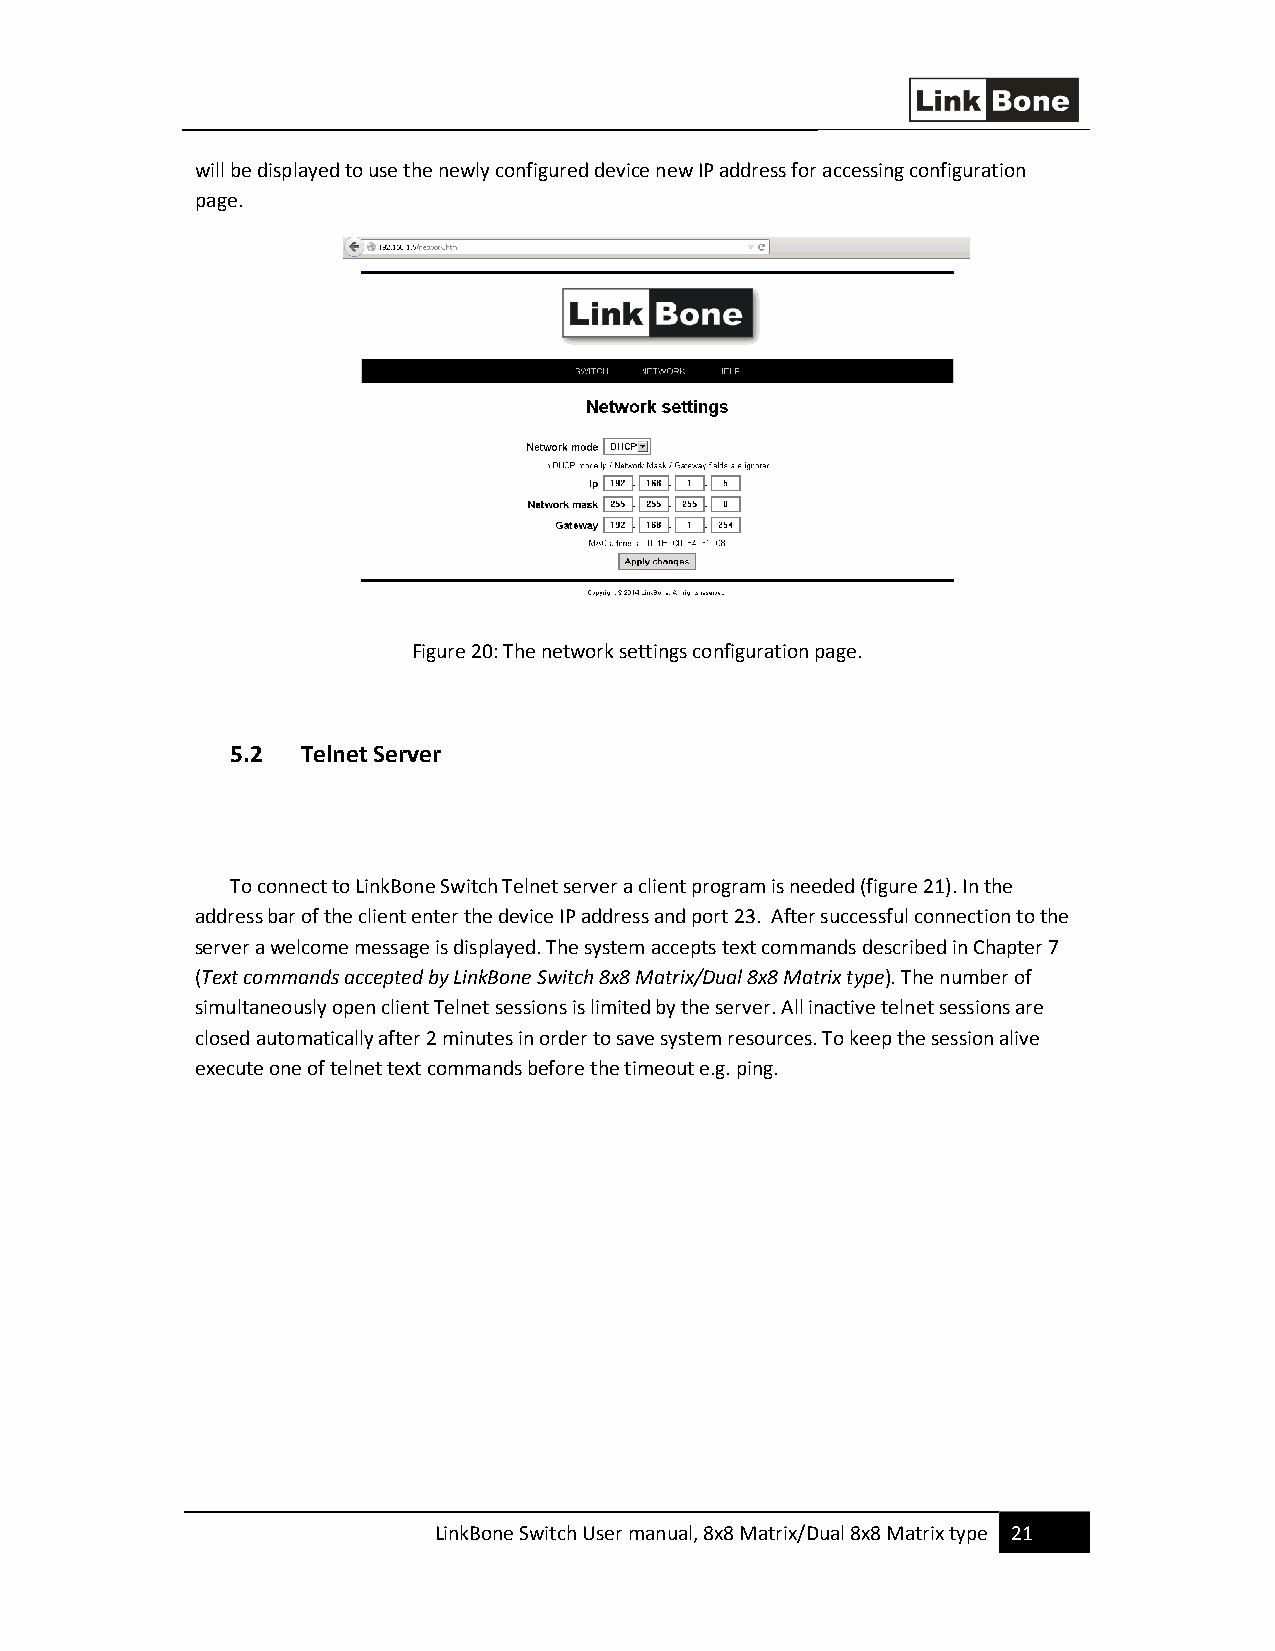
will be displayed to use the newly configured device new IP address for accessing configuration
 page.
 Figure 20: The network settings configuration page.
 5.2  Telnet Server
 To connect to LinkBone Switch Telnet server a client program is needed (figure 21). In the
 address bar of the client enter the device IP address and port 23. After successful connection to the
 server a welcome message is displayed. The system accepts text commands described in Chapter 7
 (Text commands accepted by LinkBone Switch 8x8 Matrix/Dual 8x8 Matrix type). The number of
 simultaneously open client Telnet sessions is limited by the server. All inactive telnet sessions are
 closed automatically after 2 minutes in order to save system resources. To keep the session alive
 execute one of telnet text commands before the timeout e.g. ping.
 LinkBone Switch User manual, 8x8 Matrix/Dual 8x8 Matrix type 21